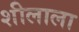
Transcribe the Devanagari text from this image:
शीलाला